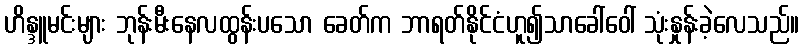
ဟိန္ဒူမင်းများ ဘုန်းမီးနေလထွန်းပသော ခေတ်က ဘာရတ်နိုင်ငံဟူ၍သာခေါ်ဝေါ် သုံးနှုန်းခဲ့လေသည်။